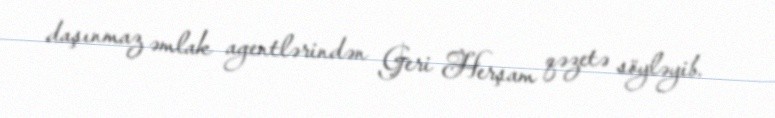
daşınmaz əmlak agentlərindən Geri Herşam qəzetə söyləyib.